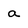
Character: a